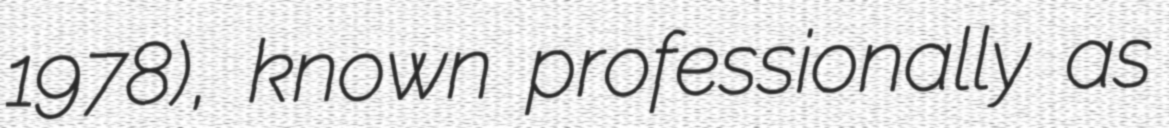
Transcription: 1978), known professionally as